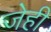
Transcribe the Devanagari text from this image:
जेही